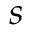
s